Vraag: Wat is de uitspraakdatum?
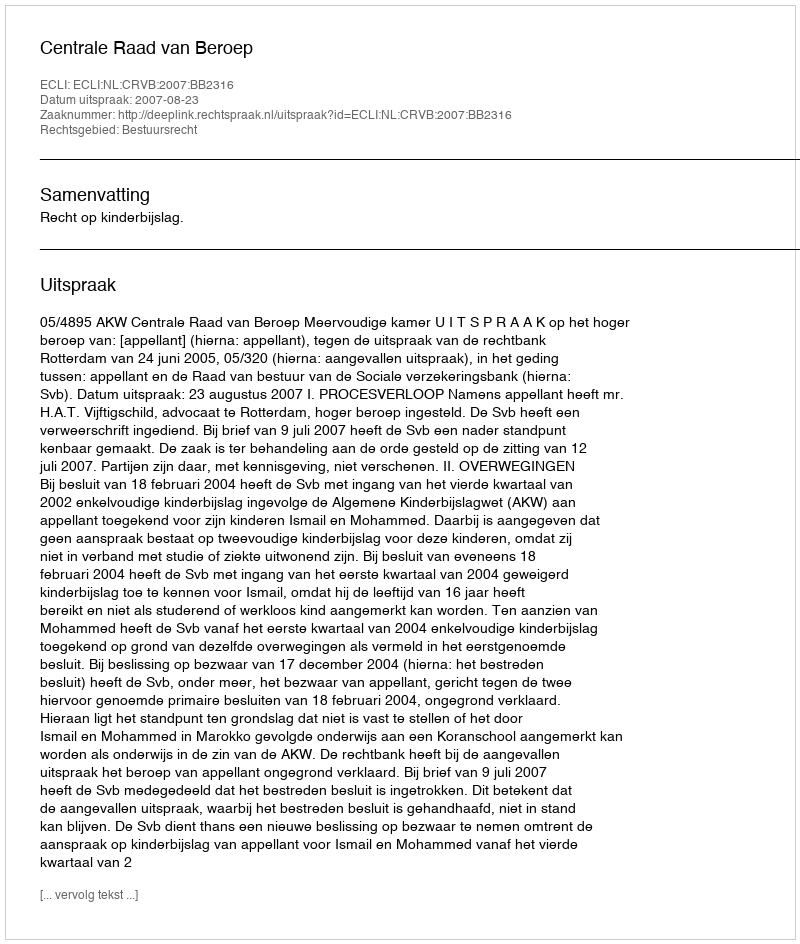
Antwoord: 2007-08-23